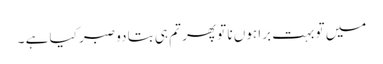
میں تو بہت برا ہوں نا تو پھر تم ہی بتا دو صبر کیا ہے ۔